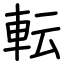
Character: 転